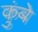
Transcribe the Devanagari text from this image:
कुंबे